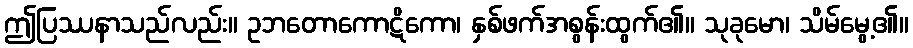
ဤပြဿနာသည်လည်း။ ဥဘတောကောဋိကော၊ နှစ်ဖက်အစွန်းထွက်၏။ သုခုမော၊ သိမ်မွေ့၏။